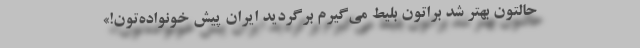
حالتون بهتر شد براتون بلیط می‌گیرم برگردید ایران پیش خونواده‌تون!»